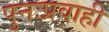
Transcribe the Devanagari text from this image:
पुनःप्रवाही